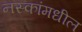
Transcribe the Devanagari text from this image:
नस्कांमधील